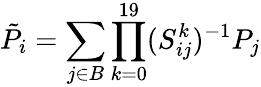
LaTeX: \tilde{P}_{i}=\sum_{j\in B}\prod_{k=0}^{19}(S_{ij}^{k})^{-1}P_{j}